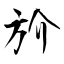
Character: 斺